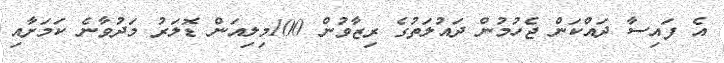
އެ ފައިސާ ދައްކަން ޖެހުމުން ދައުލަތުގެ ރިޒާވުން 100މިލިއަން ޑޮލަރު މަދުވާނެ ކަމަށާއި